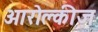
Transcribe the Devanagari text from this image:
आरोक्लीज़